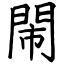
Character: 閙